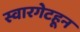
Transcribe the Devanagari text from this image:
स्वारगेटहून